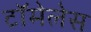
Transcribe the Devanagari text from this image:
टॉमेलेस